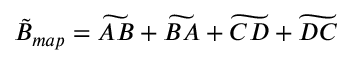
\tilde { B } _ { m a p } = \widetilde { A B } + \widetilde { B A } + \widetilde { C D } + \widetilde { D C }